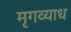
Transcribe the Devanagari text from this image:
मृगव्याध